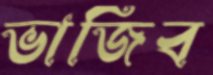
ভাজিব